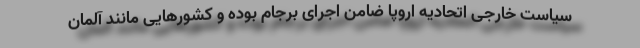
سیاست خارجی اتحادیه اروپا ضامن اجرای برجام بوده و کشورهایی مانند آلمان